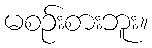
မစဉ်းစားဘူး။